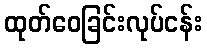
ထုတ်ဝေခြင်းလုပ်ငန်း